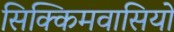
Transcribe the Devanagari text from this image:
सिक्किमवासियों